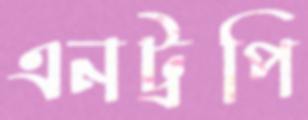
এনট্রপি